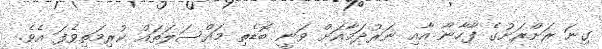
ގިނަ ރަށްރަށުގެ ފާހާނާ އާއި ނަރުދަމާއަށް ވަނީ ބޮޑެތި މައްސަލަތައް ކުރިމަތިވެފަ އެވެ.